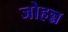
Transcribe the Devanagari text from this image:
जोहन्न